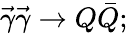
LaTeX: \vec{\gamma}\vec{\gamma}\rightarrow Q\bar{Q};